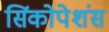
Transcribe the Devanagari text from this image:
सिंकोपेशंस